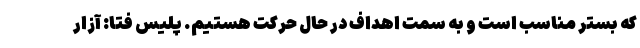
که بستر مناسب است و به سمت اهداف در حال حرکت هستیم. پلیس فتا: آزار